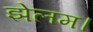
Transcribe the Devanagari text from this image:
झेलम।